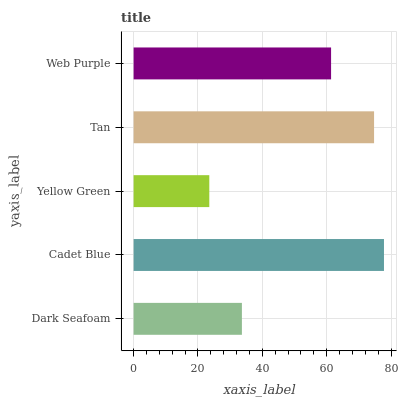
| yaxis_label | bars |
 | --- | --- |
 | Dark Seafoam | 33.6 |
 | Cadet Blue | 77.8 |
 | Yellow Green | 23.5 |
 | Tan | 74.7 |
 | Web Purple | 61.4 |